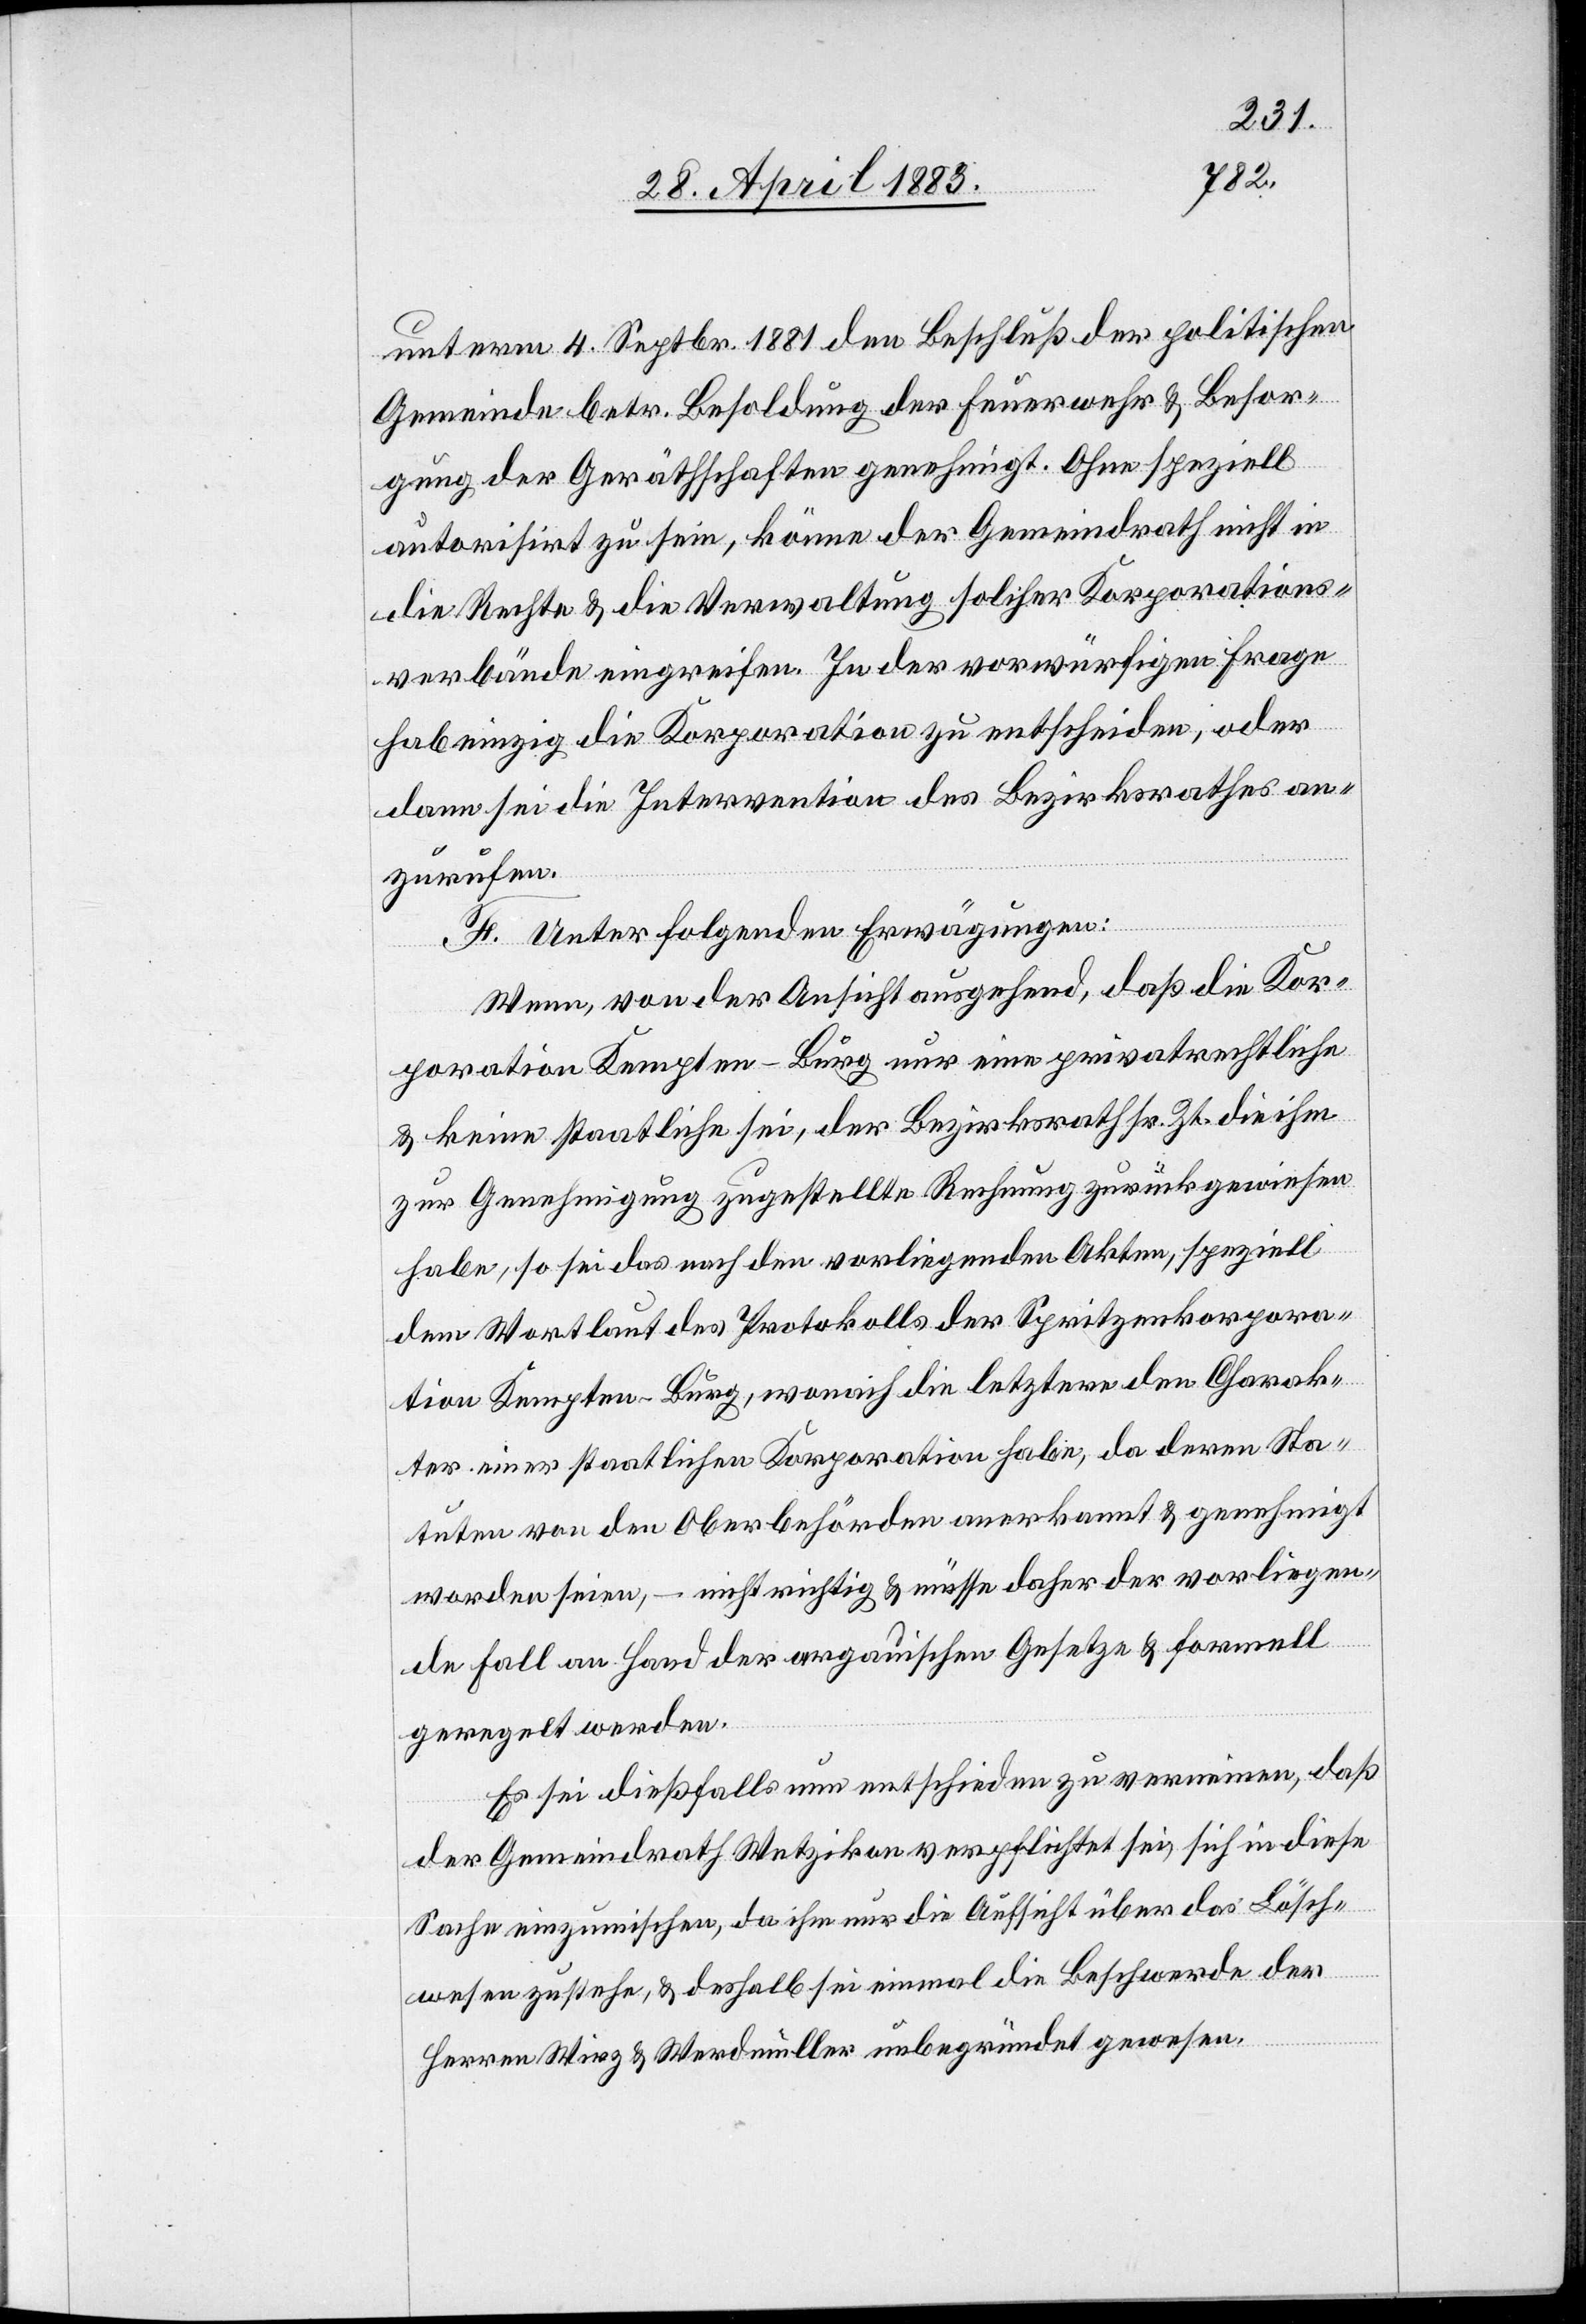
unterm 4. Septbr. 1881 den Beschluß der politischen
Gemeinde betr. Besoldung der Feuerwehr & Besor¬
gung der Gerätschaften genehmigt. Ohne speziell
autorisirt zu sein, könne der Gemeindrath nicht in
die Rechte & die Verwaltung solcher Korporations¬
verbände eingreifen. In der vorwürfigen Frage
habe einzig die Korporation zu entscheiden, oder
dann sei die Intervention des Bezirksrathes an¬
zurufen.
F. Unter folgenden Erwägungen:
Wenn, von der Ansicht ausgehend, daß die Kor¬
poration Kempten-Burg nur eine privatrechtliche
& keine staatliche sei, der Bezirksrath sr. Zt. die ihm
zur Genehmigung zugestellte Rechnung zurückgewiesen
habe, so sei das nach den vorliegenden Akten, speziell
dem Wortlaut des Protokolls der Spritzenkorpora¬
tion Kempten-Burg, wonach die letztere den Charak¬
ter einer staatlichen Korporation habe, da deren Sta¬
tuten von den Oberbehörden anerkannt & genehmigt
worden seien, – nicht richtig & müsse daher der vorliegen¬
de Fall an Hand der argauischen Gesetze & formell
geregelt werden.
Es sei dießfalls nun entschieden zu verneinen, daß
der Gemeindrath Wetzikon verpflichtet sei, sich in diese
Sache einzumischen, da ihm nur die Aufsicht über das Lösch¬
wesen zustehe & deshalb sei einmal die Beschwerde der
Herren Wirz & Werdmüller unbegründet gewesen.